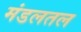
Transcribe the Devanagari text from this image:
मंडलतल